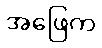
အဖြေက